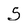
Character: 5